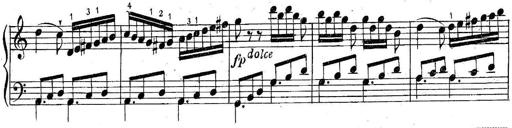
Title: 6 Easy Sonatinas
Composer: Carl Czerny